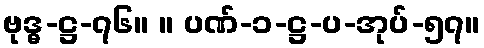
ဗုဒ္ဓ-ဋ္ဌ-၇၆။ ။ ပဏ်-၁-ဋ္ဌ-ပ-အုပ်-၅၇။